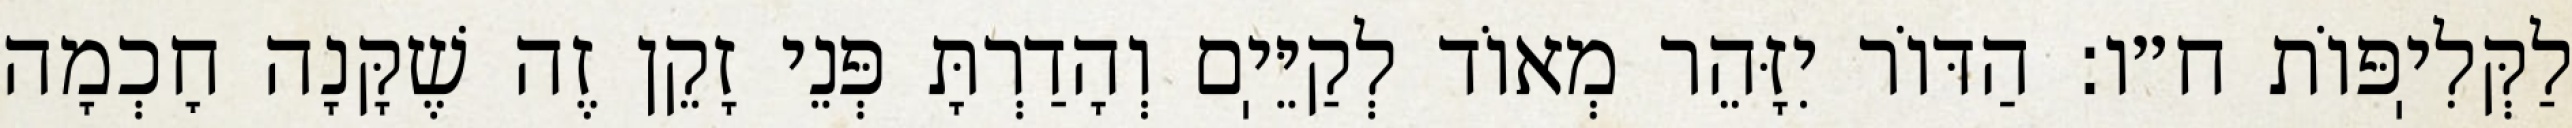
לַקְּלִיֽפּוֹת ח״ו: הַדּוֹר יִזָּהֵר מְאוֹד לְקַיֵּיֽם וְהָדַרְתָּ פְּנֵי זָקֵן זֶה שֶׁקָּנָה חׇכְמָה